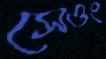
সেওং